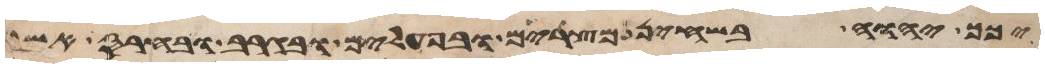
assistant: יכך יהוה בשחין מצרים ובעפלים ובגרב ובחרס אשר